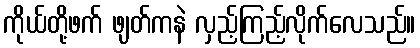
ကိုယ်တို့ဖက် ဖျတ်ကနဲ လှည့်ကြည့်လိုက်လေသည်။